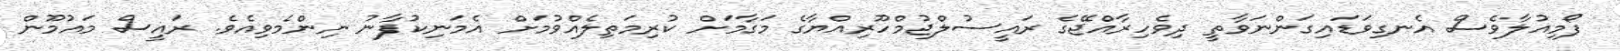
ފޯމިއުލާވެސް އެނގިވަޑައިގަންނަވާތީ ދިވެހިރާއްޖޭގެ ރައީސުލްޖުމްހޫރިއްޔާގެ މަގާމަށް ކުރިމަތިލެއްވުމަށް އެމަނިކުފާނު ނިންމެވިއެވެ. ރައީސް މައުމޫން